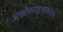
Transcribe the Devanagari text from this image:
अकोल्नाहुआकाट्ल